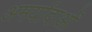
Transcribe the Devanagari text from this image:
अमर्यादाओं